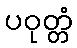
ပဝုတ္တံ